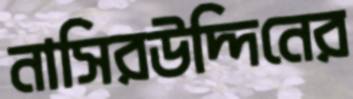
নাসিরউদ্দিনের